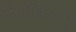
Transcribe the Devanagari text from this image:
विशेषताऐ